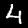
Digit: 4